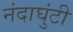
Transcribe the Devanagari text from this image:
नंदाघुंटी